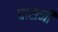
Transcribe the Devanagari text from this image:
चासनी